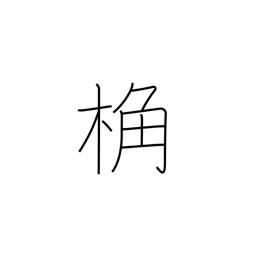
Meaning: rafter